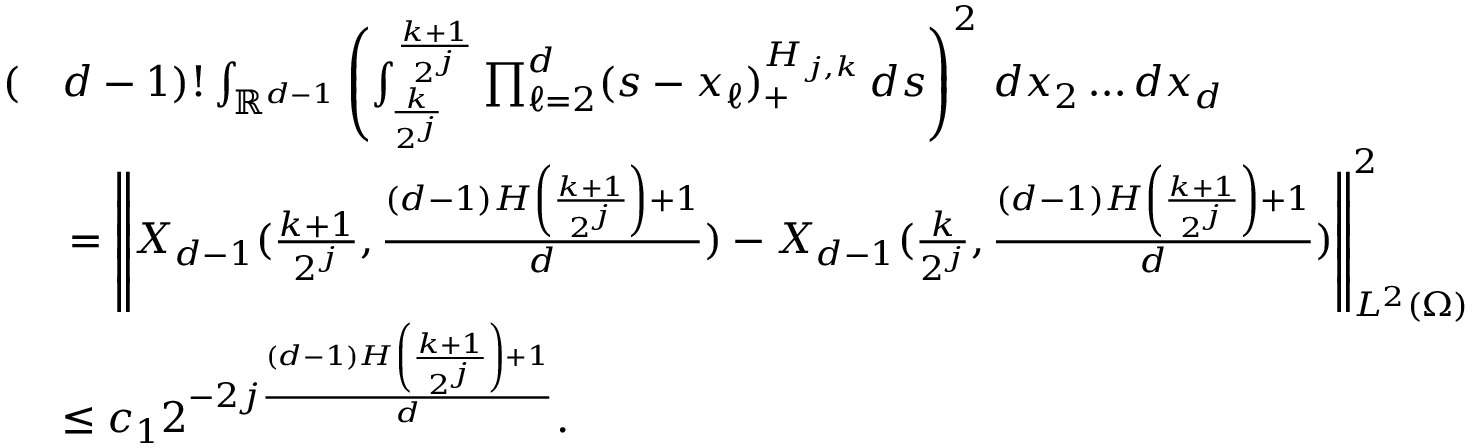
\begin{array} { r l } { ( } & { d - 1 ) ! \int _ { \mathbb { R } ^ { d - 1 } } \left( \int _ { \frac { k } { 2 ^ { j } } } ^ { \frac { k + 1 } { 2 ^ { j } } } \prod _ { \ell = 2 } ^ { d } ( s - x _ { \ell } ) _ { + } ^ { H _ { j , k } } \, d s \right) ^ { 2 } \, d x _ { 2 } \ldots d x _ { d } } \\ & { \, = \left\| X _ { d - 1 } ( \frac { k + 1 } { 2 ^ { j } } , \frac { ( d - 1 ) H \left( \frac { k + 1 } { 2 ^ { j } } \right) + 1 } { d } ) - X _ { d - 1 } ( \frac { k } { 2 ^ { j } } , \frac { ( d - 1 ) H \left( \frac { k + 1 } { 2 ^ { j } } \right) + 1 } { d } ) \right\| _ { L ^ { 2 } ( \Omega ) } ^ { 2 } } \\ & { \leq c _ { 1 } 2 ^ { - 2 j \frac { ( d - 1 ) H \left( \frac { k + 1 } { 2 ^ { j } } \right) + 1 } { d } } . } \end{array}